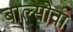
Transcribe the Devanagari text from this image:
बाल्सोवा